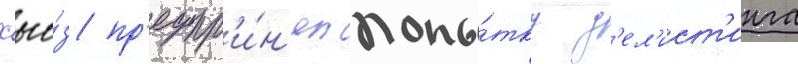
хью́з пр'едпр'и́н'ял попы́тку д'ел'ист'инга